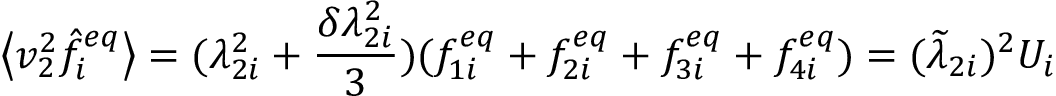
\left\langle v _ { 2 } ^ { 2 } \hat { f } _ { i } ^ { e q } \right\rangle = ( \lambda _ { 2 i } ^ { 2 } + \frac { \delta \lambda _ { 2 i } ^ { 2 } } { 3 } ) ( f _ { 1 i } ^ { e q } + f _ { 2 i } ^ { e q } + f _ { 3 i } ^ { e q } + f _ { 4 i } ^ { e q } ) = ( \widetilde { \lambda } _ { 2 i } ) ^ { 2 } U _ { i }